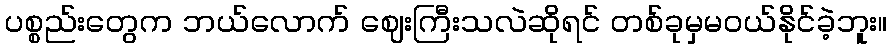
ပစ္စည်းတွေက ဘယ်လောက် ဈေးကြီးသလဲဆိုရင် တစ်ခုမှမဝယ်နိုင်ခဲ့ဘူး။